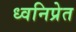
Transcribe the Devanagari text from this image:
ध्वनिप्रेत